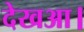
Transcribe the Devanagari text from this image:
देखआ।